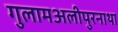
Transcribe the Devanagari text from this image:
गुलामअलीपुरनाथा